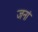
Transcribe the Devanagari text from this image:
जनां